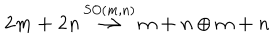
{ \bf { 2 m + 2 n } } \, { \stackrel { S O ( m , n ) } { \longrightarrow } } \, { \bf { m + n } } \oplus { \bf { m + n } }